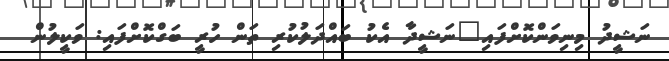
ނަޝީދު މިނިވަންކޮށްފައި"ނަޝީދާ އެކު ބައްދަލުކުރި ތަން ހުރީ ބަގްކޮށްފައި: ވަކީލުން